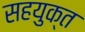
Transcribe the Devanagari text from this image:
सहयुक्त